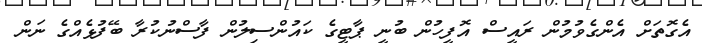
އެގޮތަށް އެންގެވުމުން ރައީސް އޮފީހުން ބުނީ ޕާޓީގެ ކައުންސިލުން ފާސްނުކުރާ ބޭފުޅެއްގެ ނަން